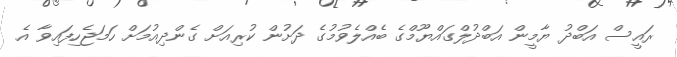
ރައީސް އަބްދު ޔާމީން އަބްދުލްގައްޔޫމްގެ ބެއްލެވުމުގެ ދަށުން ކުރިއަށް ގެންދިއުމަށް ހަމަޖެހިފައިވާ އެ